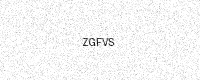
Text: ZGFVS